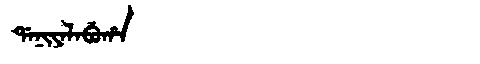
Manchu: ᡩᠠᠨᡳᠶᠠᠯᠠᠪᡠᡥᠠ
Romanization: DANIYALABUHA